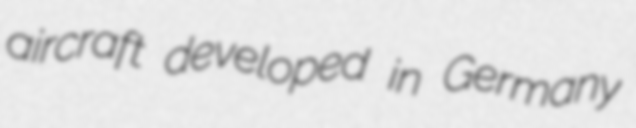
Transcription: aircraft developed in Germany